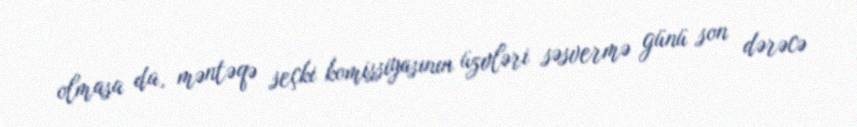
olmasa da, məntəqə seçki komissiyasının üzvləri səsvermə günü son dərəcə